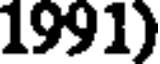
1991)